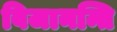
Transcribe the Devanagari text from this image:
विजानन्ति